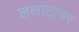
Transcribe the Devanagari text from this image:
ललाटावर